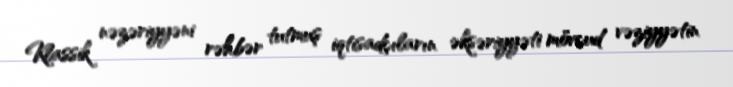
Klassik nəzəriyyəni rəhbər tutmuş iqtisadçıların əksəriyyəti mövcud vəziyyətin